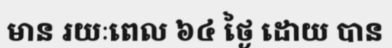
មាន រយៈពេល ៦៤ ថ្ងៃ ដោយ បាន